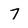
Character: 7